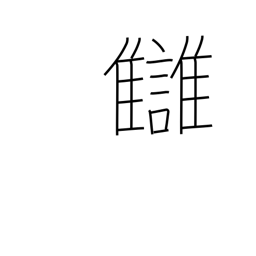
Meaning: revenge